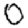
Digit: 0